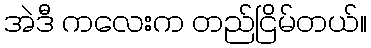
အဲဒီ ကလေးက တည်ငြိမ်တယ်။